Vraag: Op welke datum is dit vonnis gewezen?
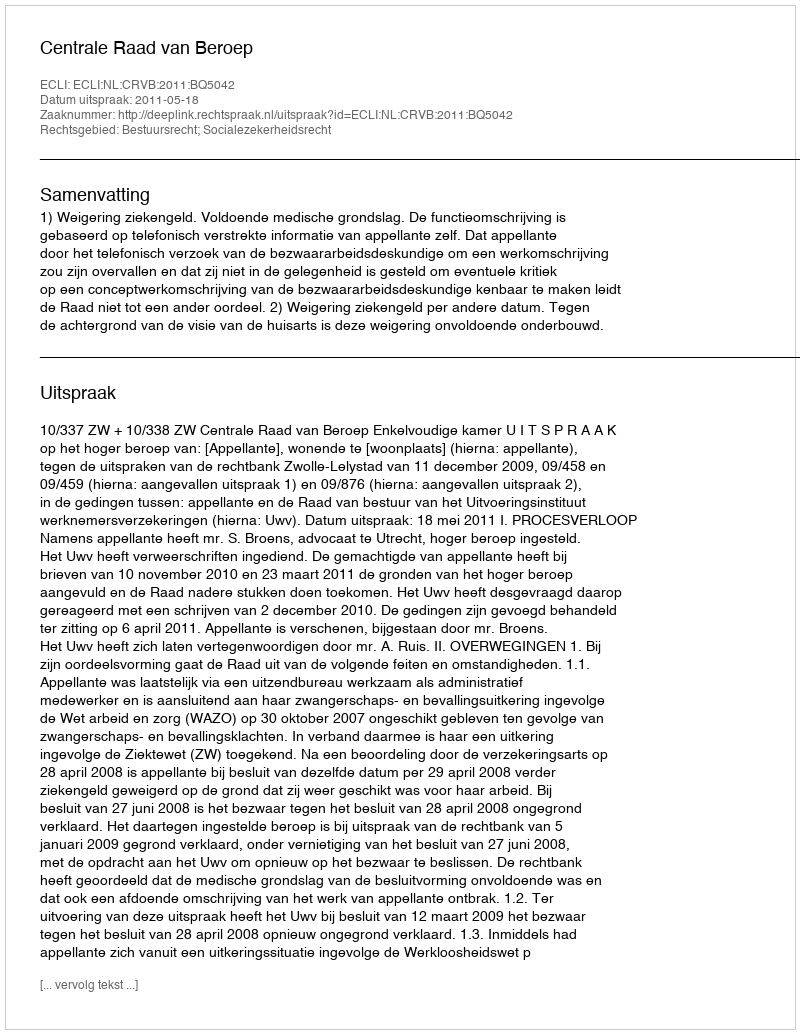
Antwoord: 2011-05-18